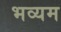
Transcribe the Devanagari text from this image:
भव्यम